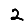
Digit: 2